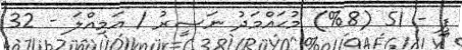
ޕީ - 51 (8%) މުޙައްމަދު ނަޞީރު / އަމިއްލަ - 32